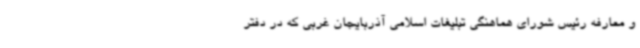
و معارفه رئیس شورای هماهنگی تبلیغات اسلامی آذربایجان غربی که در دفتر